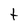
Character: t